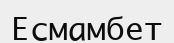
Есмамбет